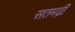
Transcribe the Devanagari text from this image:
सतमढ़ी